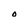
Character: O